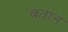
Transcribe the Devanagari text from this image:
बतान